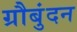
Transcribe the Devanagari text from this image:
ग्रौबुंदन